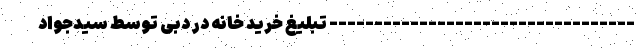
---------------------------------- تبلیغ خرید خانه در دبی توسط سیدجواد